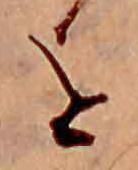
を